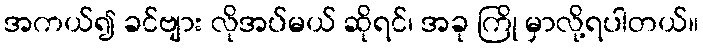
အကယ်၍ ခင်ဗျား လိုအပ်မယ် ဆိုရင်၊ အခု ကြို မှာလို့ရပါတယ်။